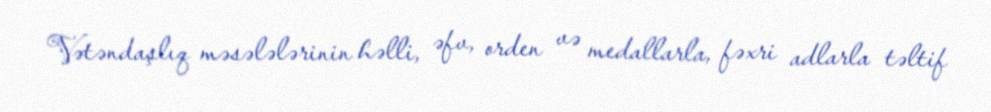
Vətəndaşlıq məsələlərinin həlli, əfv, orden və medallarla, fəxri adlarla təltif